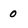
Character: 0